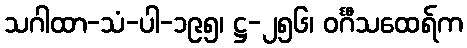
သဂါထာ-သံ-ပါ-၁၉၅၊ ဋ္ဌ-၂၅၆၊ ဝင်္ဂီသထေရ်က